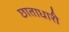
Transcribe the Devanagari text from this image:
छाताधारी